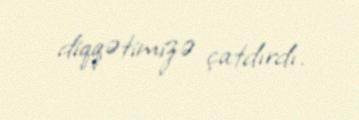
diqqətimizə çatdırdı.